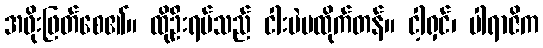
အဖိုးဖြတ်စေ၏။ ထိုဦးရပ်သည် ငါးပဲမထိုက်တန်။ ငါ့ရှင်၊ ပါရာဇိက